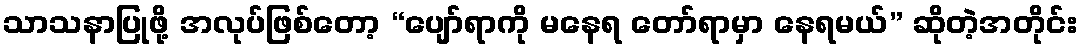
သာသနာပြုဖို့ အလုပ်ဖြစ်တော့ “ပျော်ရာကို မနေရ တော်ရာမှာ နေရမယ်” ဆိုတဲ့အတိုင်း